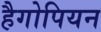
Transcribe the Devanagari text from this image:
हैगोपियन